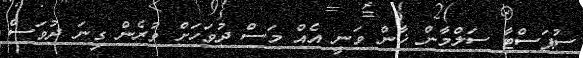
ސުޕަސްޓާ ސަލްމާން ޚާން ވަނީ އެއް މަސް ދުވަހަށް ވުރެން ގިނަ ދުވަސް